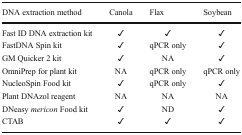
<table><thead><tr><td><b>DNA extraction method</b></td><td><b>Canola</b></td><td><b>Flax</b></td><td><b>Soybean</b></td></tr></thead><tbody><tr><td>Fast ID DNA extraction kit</td><td>✓</td><td>✓</td><td>✓</td></tr><tr><td>FastDNA Spin kit</td><td>✓</td><td>qPCR only</td><td>✓</td></tr><tr><td>GM Quicker 2 kit</td><td>✓</td><td>NA</td><td>✓</td></tr><tr><td>OmniPrep for plant kit</td><td>NA</td><td>qPCR only</td><td>qPCR only</td></tr><tr><td>NucleoSpin Food kit</td><td>✓</td><td>qPCR only</td><td>✓</td></tr><tr><td>Plant DNAzol reagent</td><td>NA</td><td>NA</td><td>NA</td></tr><tr><td>DNeasy <i>mericon</i> Food kit</td><td>✓</td><td>ND</td><td>✓</td></tr><tr><td>CTAB</td><td>✓</td><td>✓</td><td>✓</td></tr></tbody></table>